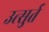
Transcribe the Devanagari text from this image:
उत्सुर्त